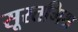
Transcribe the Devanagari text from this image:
सूरतमिश्र